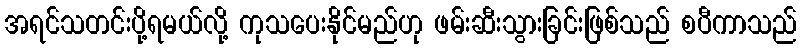
အရင်သတင်းပို့ရမယ်လို့ ကုသပေးနိုင်မည်ဟု ဖမ်းဆီးသွားခြင်းဖြစ်သည် စပီကာသည်